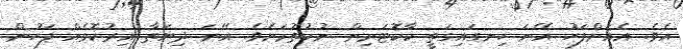
އެވެ. އެއަށްފަހު އޭނަ ހިނގައިގަތީ ކާކޮޓަރިން ނުކުތުމަށެވެ. އޭނަ ދިޔަތާ އިރުކޮޅެއް ފަހުން